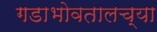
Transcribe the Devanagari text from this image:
गडाभोवतालच्या